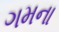
ગમના